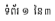
ទំព័រ ១ នៃ ៣